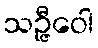
သဉ္ဇီဝေါ